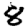
Digit: 8